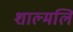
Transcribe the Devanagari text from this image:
शाल्मलि